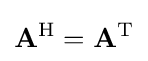
\mathbf {A} ^{\mathrm {H} }=\mathbf {A} ^{\operatorname {T} }